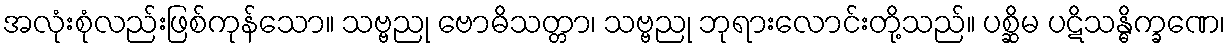
အလုံးစုံလည်းဖြစ်ကုန်သော။ သဗ္ဗညု ဗောဓိသတ္တာ၊ သဗ္ဗညု ဘုရားလောင်းတို့သည်။ ပစ္ဆိမ ပဋိသန္ဓိက္ခဏေ၊